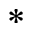
^ *